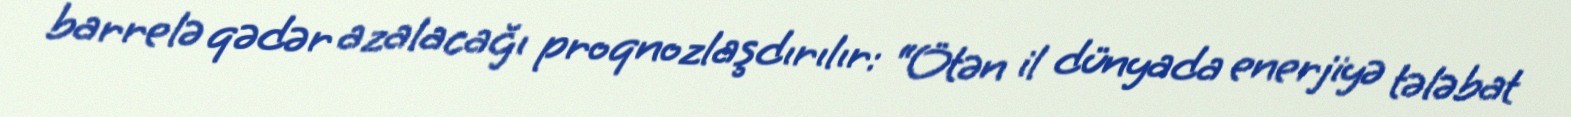
barrelə qədər azalacağı proqnozlaşdırılır: “Ötən il dünyada enerjiyə tələbat